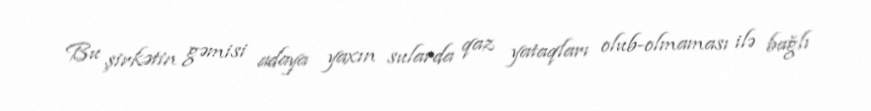
Bu şirkətin gəmisi adaya yaxın sularda qaz yataqları olub-olmaması ilə bağlı